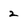
Character: 2